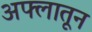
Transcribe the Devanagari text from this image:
अफ्लातून